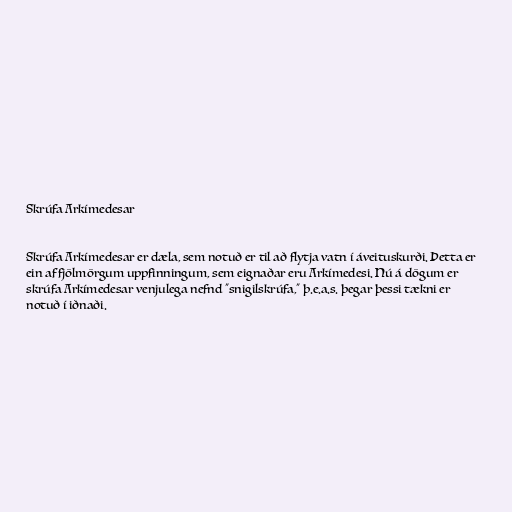
Skrúfa Arkímedesar

Skrúfa Arkímedesar er dæla, sem notuð er til að flytja vatn í áveituskurði. Þetta er
ein af fjölmörgum uppfinningum, sem eignaðar eru Arkímedesi. Nú á dögum er
skrúfa Arkímedesar venjulega nefnd "snigilskrúfa," þ.e.a.s. þegar þessi tækni er
notuð í iðnaði.